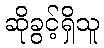
ဆိုခွင့်ရှိသူ